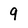
Character: 9